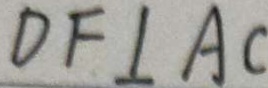
D F \bot A C